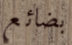
بضائع